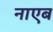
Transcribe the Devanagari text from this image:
नाएब